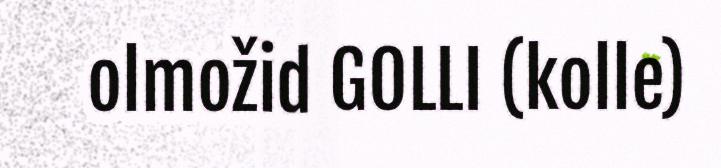
olmožid GOLLI (kolle)